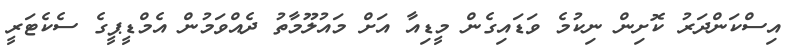
އިސްކަންދަރު ކޮށިން ނިކުމެ ވަޑައިގެން މީޑިއާ އަށް މައުލޫމާތު ދެއްވަމުން އެމްޑީޕީގެ ސެކެޓަރީ